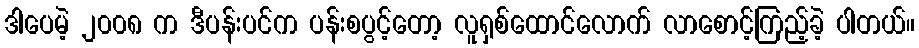
ဒါပေမဲ့ ၂၀၀၈ က ဒီပန်းပင်က ပန်းစပွင့်တော့ လူရှစ်ထောင်လောက် လာစောင့်ကြည့်ခဲ့ ပါတယ်။